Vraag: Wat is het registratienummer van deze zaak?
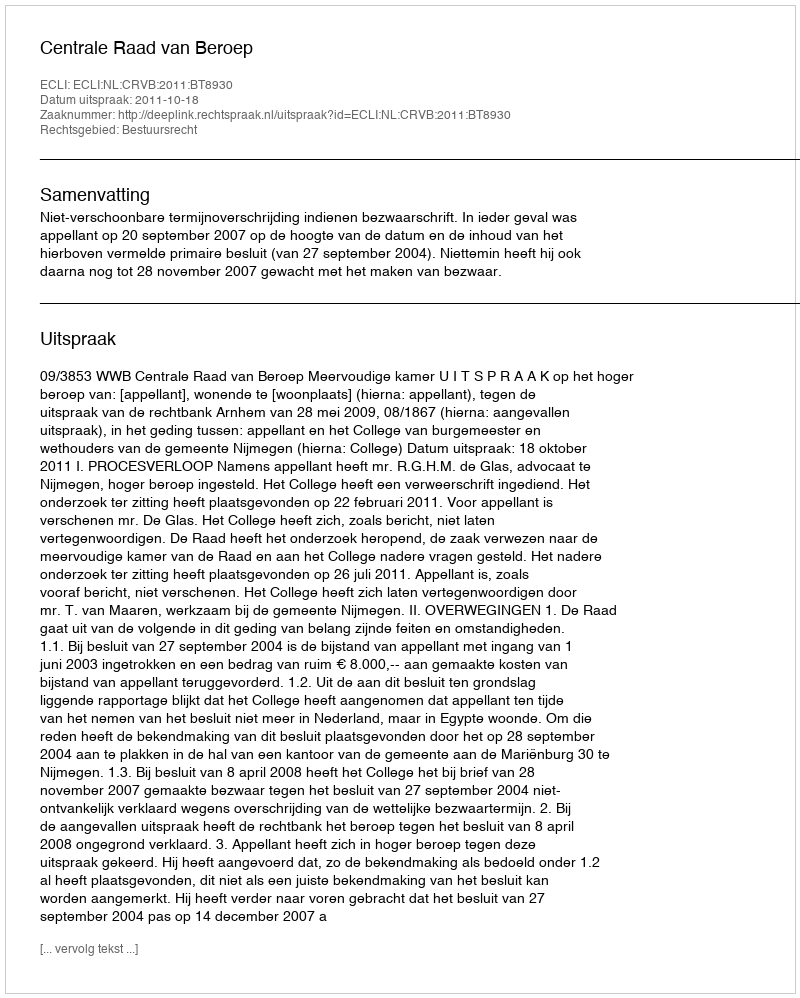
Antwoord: http://deeplink.rechtspraak.nl/uitspraak?id=ECLI:NL:CRVB:2011:BT8930